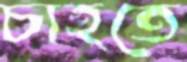
চাহতে